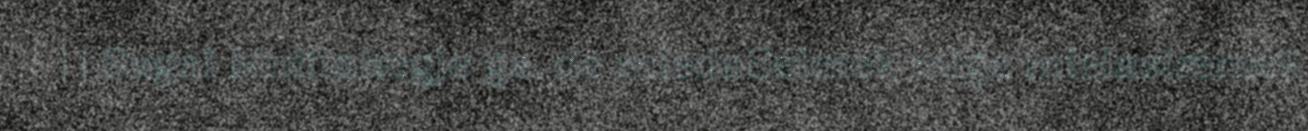
| | Sagai Muittalægje ge, de miedaSeimek mige mielastæmek